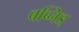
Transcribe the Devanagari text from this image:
बब्निड्